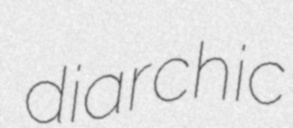
diarchic